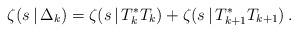
LaTeX: \begin{align*}\zeta(s\,|\,\Delta_k)=\zeta(s\,|\,T_k^*T_k)+\zeta(s\,|\,T_{k+1}^*T_{k+1})\,.\end{align*}